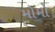
મોમો